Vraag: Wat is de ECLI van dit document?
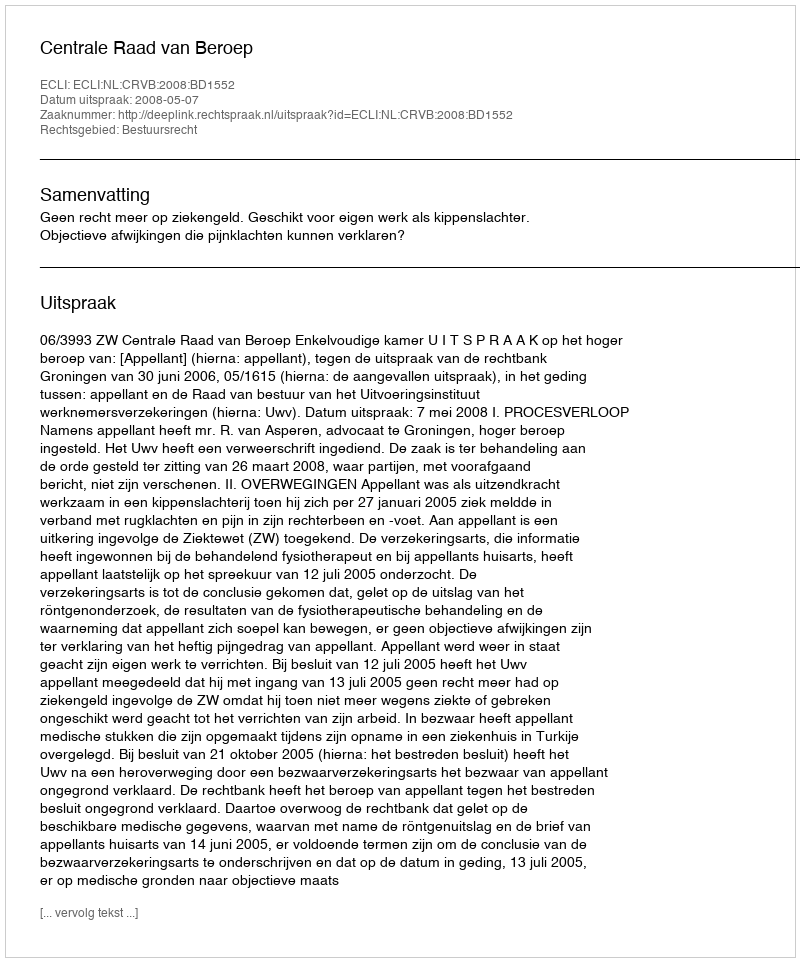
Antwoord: ECLI:NL:CRVB:2008:BD1552